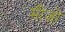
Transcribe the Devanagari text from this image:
मीज़ों